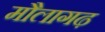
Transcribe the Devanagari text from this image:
मौलागढ़